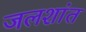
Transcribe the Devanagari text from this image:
जलशांत